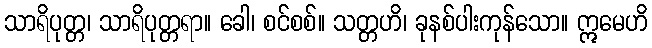
သာရိပုတ္တ၊ သာရိပုတ္တရာ။ ခေါ၊ စင်စစ်။ သတ္တဟိ၊ ခုနစ်ပါးကုန်သော။ ဣမေဟိ